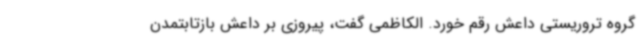
گروه تروریستی داعش رقم خورد. الکاظمی گفت، پیروزی بر داعش بازتابتمدن